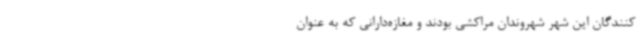
کنندگان این شهر شهروندان مراکشی بودند و مغازه‌دارانی که به عنوان